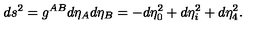
d s ^ { 2 } = g ^ { A B } d \eta _ { A } d \eta _ { B } = - d \eta _ { 0 } ^ { 2 } + d \eta _ { i } ^ { 2 } + d \eta _ { 4 } ^ { 2 } .